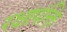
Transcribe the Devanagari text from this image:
रक्षापंक्ति